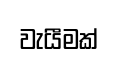
වැයීමක්